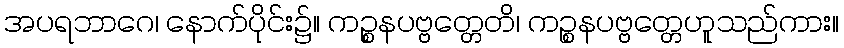
အပရဘာဂေ၊ နောက်ပိုင်း၌။ ကဉ္စနပဗ္ဗတ္တေတိ၊ ကဉ္စနပဗ္ဗတ္တေဟူသည်ကား။